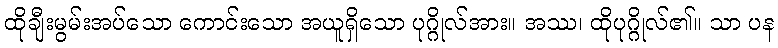
ထိုချီးမွမ်းအပ်သော ကောင်းသော အယူရှိသော ပုဂ္ဂိုလ်အား။ အဿ၊ ထိုပုဂ္ဂိုလ်၏။ သာ ပန